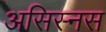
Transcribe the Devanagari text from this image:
असिस्नस